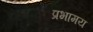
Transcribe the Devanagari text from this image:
प्रभामय